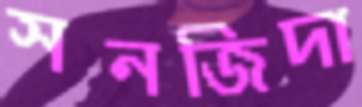
সনজিদা